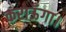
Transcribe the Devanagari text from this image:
कराऊँगा।